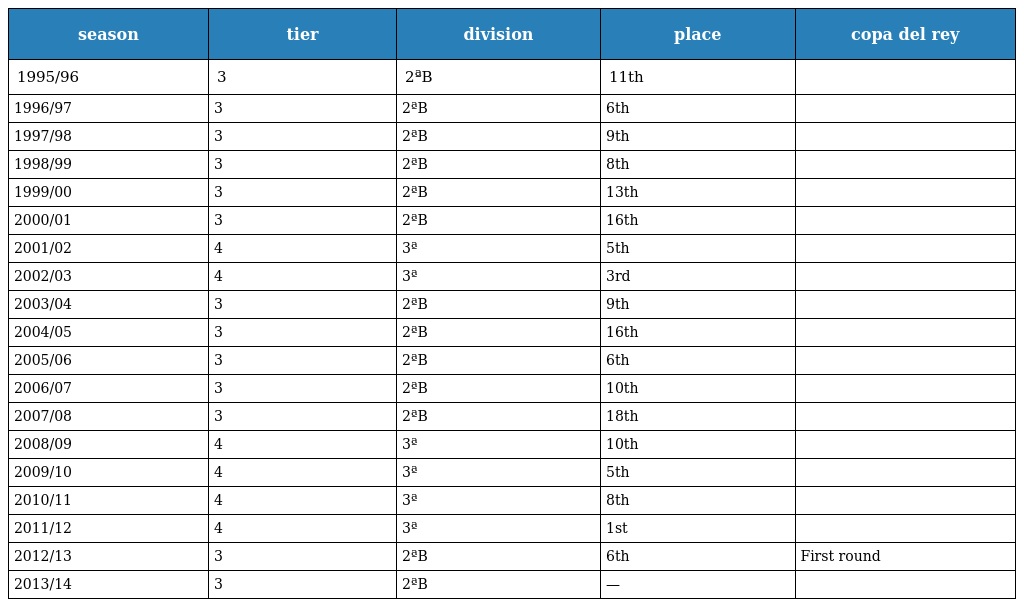
| season | tier | division | place | copa del rey |
 | --- | --- | --- | --- | --- |
 | 1995/96 | 3 | 2ªB | 11th |  |
 | 1996/97 | 3 | 2ªB | 6th |  |
 | 1997/98 | 3 | 2ªB | 9th |  |
 | 1998/99 | 3 | 2ªB | 8th |  |
 | 1999/00 | 3 | 2ªB | 13th |  |
 | 2000/01 | 3 | 2ªB | 16th |  |
 | 2001/02 | 4 | 3ª | 5th |  |
 | 2002/03 | 4 | 3ª | 3rd |  |
 | 2003/04 | 3 | 2ªB | 9th |  |
 | 2004/05 | 3 | 2ªB | 16th |  |
 | 2005/06 | 3 | 2ªB | 6th |  |
 | 2006/07 | 3 | 2ªB | 10th |  |
 | 2007/08 | 3 | 2ªB | 18th |  |
 | 2008/09 | 4 | 3ª | 10th |  |
 | 2009/10 | 4 | 3ª | 5th |  |
 | 2010/11 | 4 | 3ª | 8th |  |
 | 2011/12 | 4 | 3ª | 1st |  |
 | 2012/13 | 3 | 2ªB | 6th | First round |
 | 2013/14 | 3 | 2ªB | — |  |